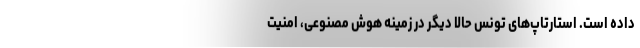
داده است. استارتاپ‌های تونس حالا دیگر در زمینه هوش مصنوعی، امنیت